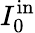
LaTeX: I_{0}^{\mathrm{in}}